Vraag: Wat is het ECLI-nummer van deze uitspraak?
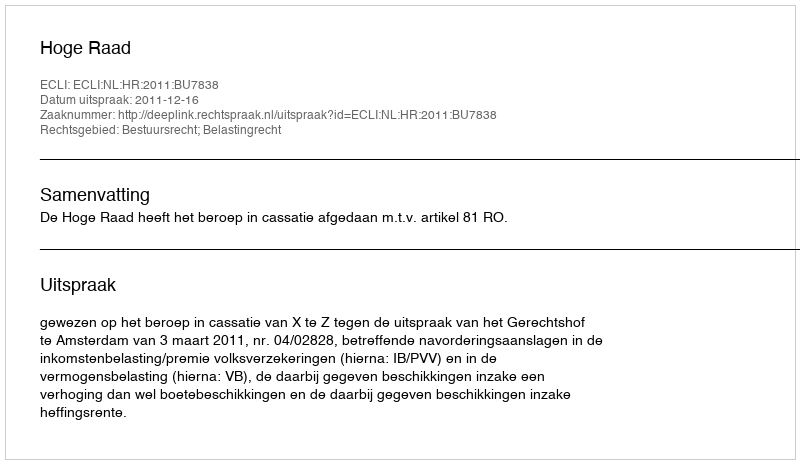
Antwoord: ECLI:NL:HR:2011:BU7838